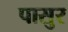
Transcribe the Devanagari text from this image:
पासुर